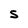
Character: S